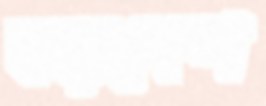
বড়দেশ